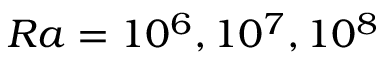
R a = 1 0 ^ { 6 } , 1 0 ^ { 7 } , 1 0 ^ { 8 }